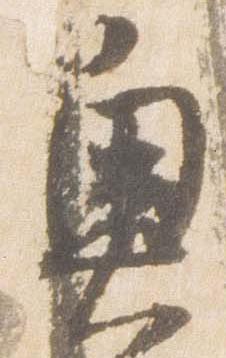
奥